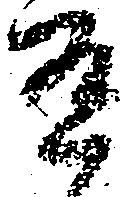
有